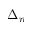
\Delta _ { n }